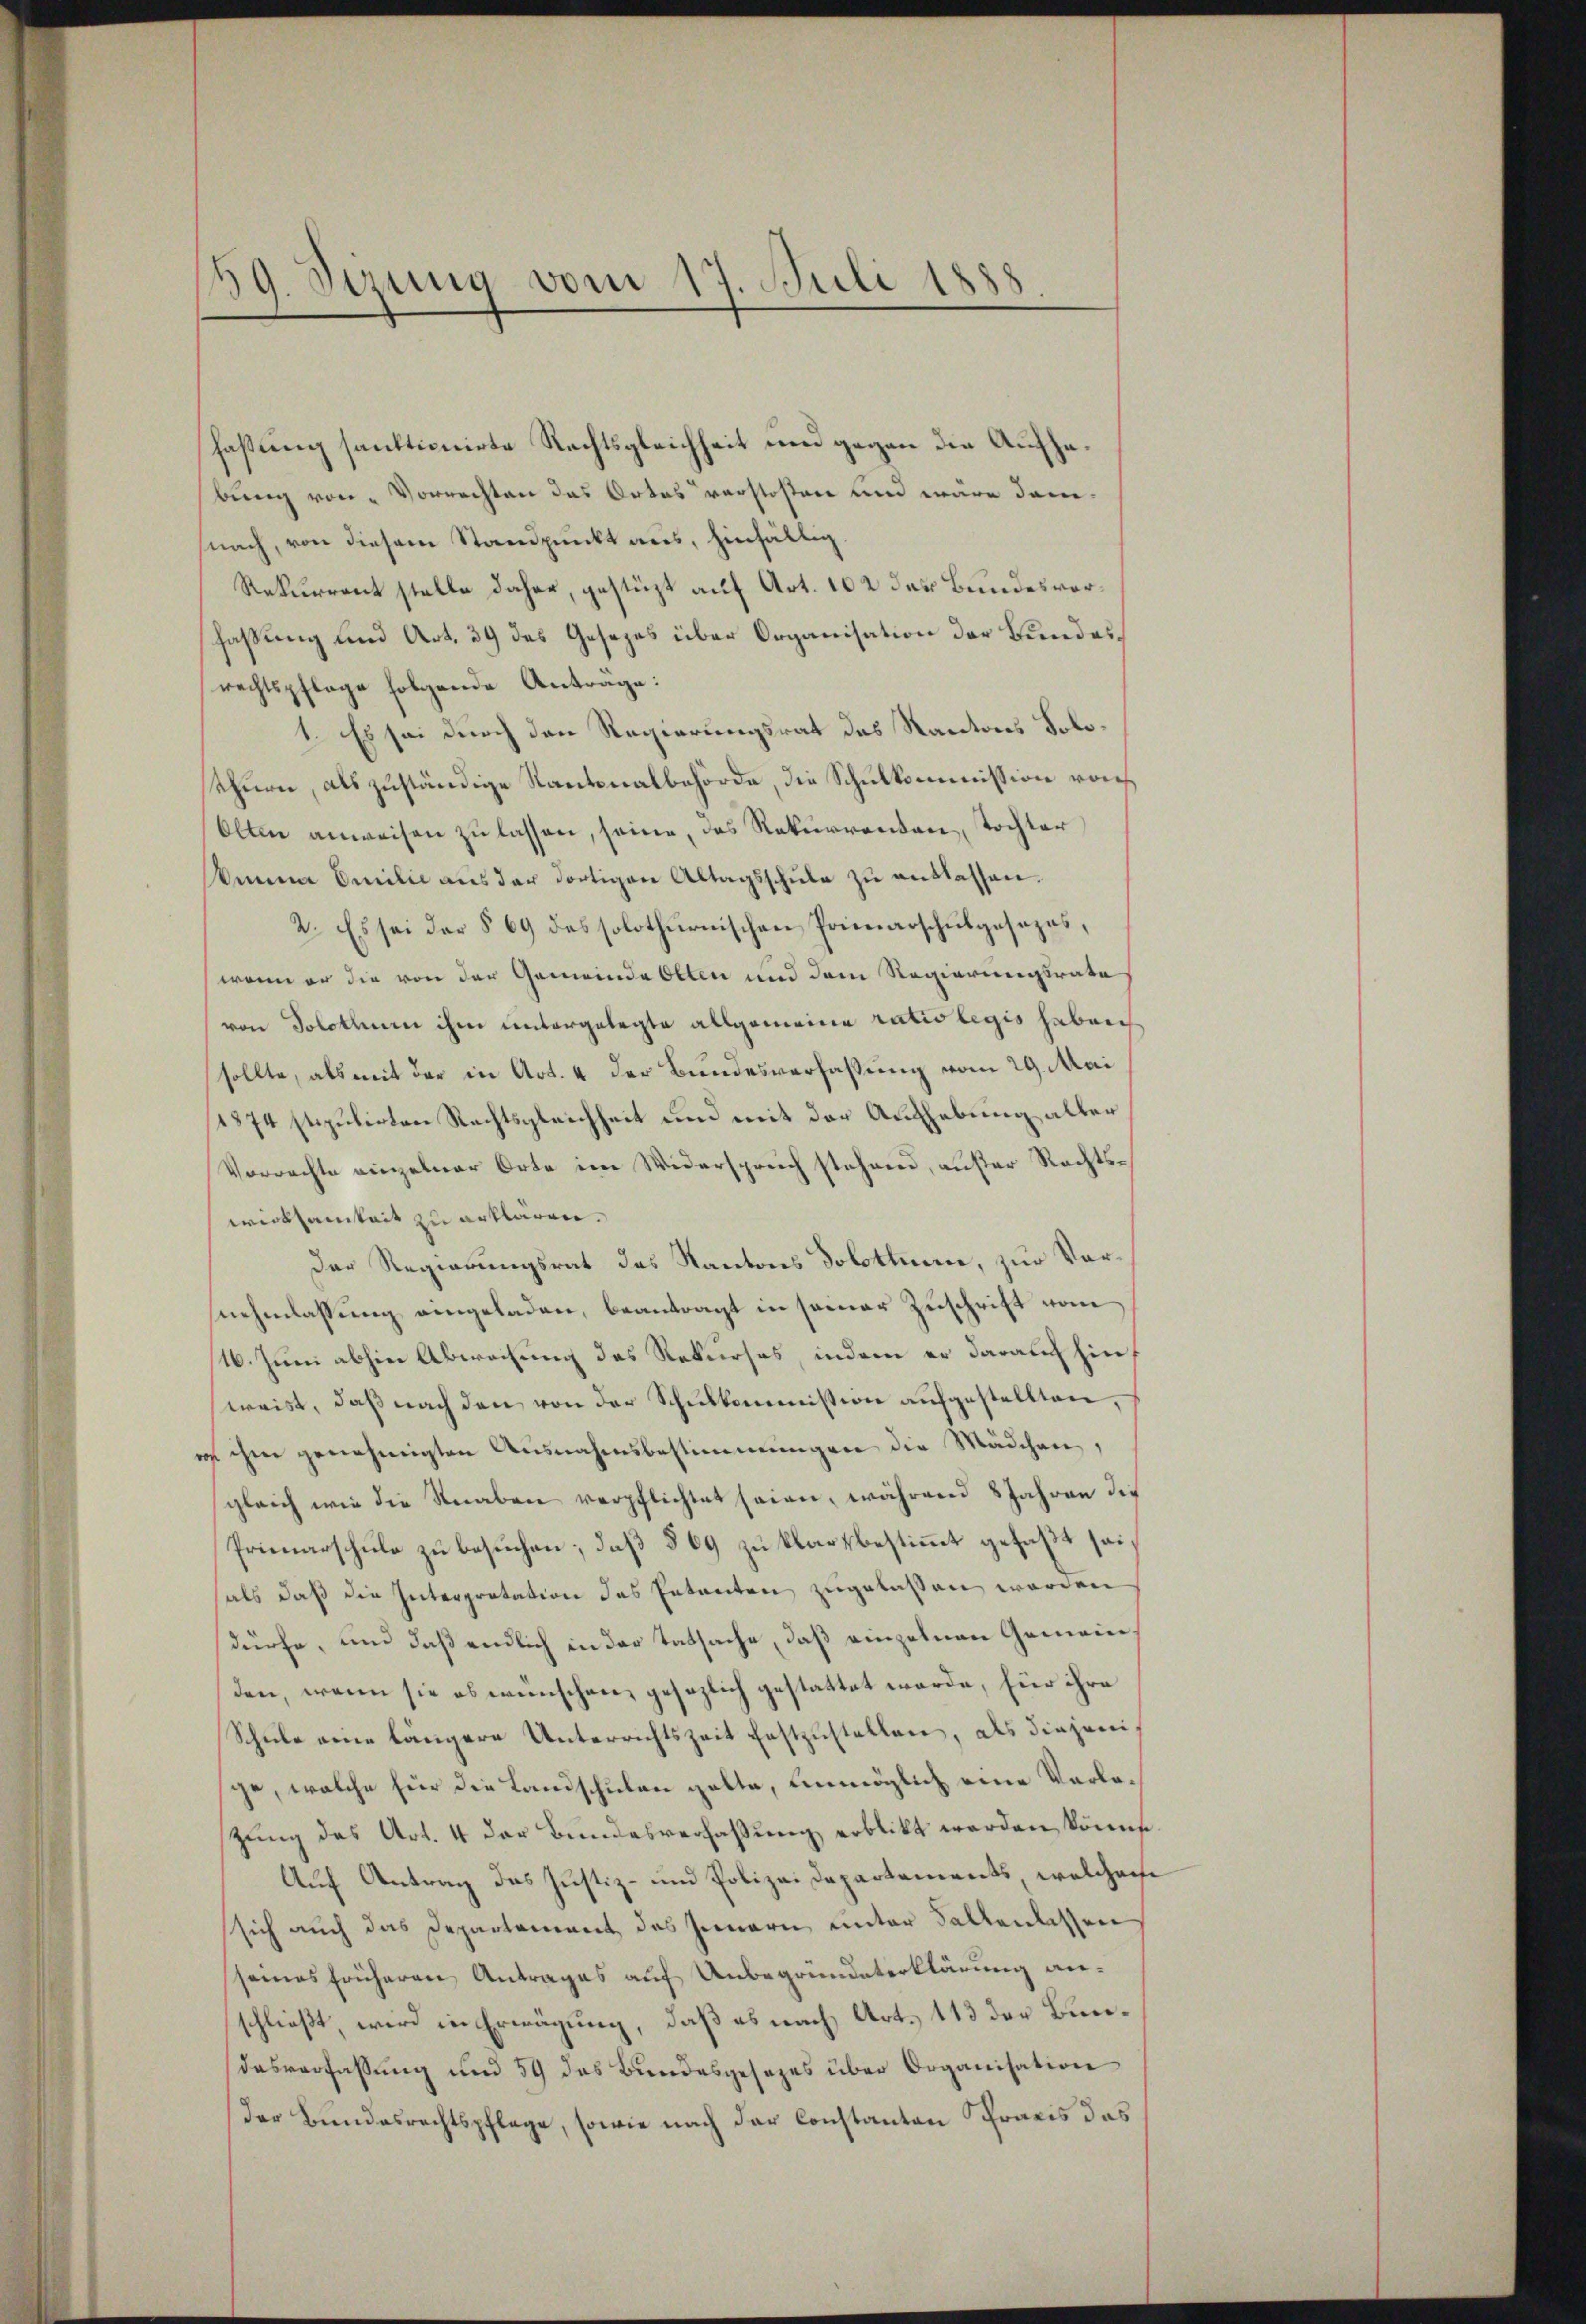
59. Sizung vom 17. Juli 1888
t

fassung sanktionirte Rechtsgleichheit und gegen die Aufhebung von Vorrechten das Ortes verstosten und wäre demnach, von diesem Standpunkt aus, hinfällig
Rekurrent stelle daher, gestüzt auf Art. 102 des Bundesvorfassung und Art. 39 des Gesezes über Organisation der Bundesrechtspflege folgende Anträge:
1. Es sei durch den Regierungsrat des Kantons Solosthurn, als zuständige Kantonalbehörde, die Schulkommission von
Olten anweisen zu lassen, seine, das Rekurrenden, Tochter
Anna Emilie aŭs der dortigen Altagsschŭle zŭ entlassen.
2. Es sei der § 69 des solothurnischen Primarschulgesezes,
wenn er die von der Gemeinde Otten und dem Regierungsrate
von Solothur ihm untergelegte allgemeine ratio legis haben
sollte, als mit der in Art. 4 der Bundesverfassung vom 29. Mai
1874 stipulirten Rechtsgleichheit und mit der Aufhebung aller
Vorrechte einzelner Orte im Widerspruch stehend, außer Rechtswerksamkeit zu erklären.
Der Regierungsrat das Kantons Solottene, zur Vorsnehmlassung eingeladen, beantragt in seiner Zuschrift vom
16. Juni abhin Abweisung des Rekurses, indem er darauf hinweist, daß nach den von der Schulkommission aufgestellten,
e ihm genehmigten Ausnahmsbestimmungen die Mädchen,
gleich wie die Knaben verpflichtet seien, während 8 Jahren die
Primarschule zu besuchen; daß § 69 zu klartbestimmt gefaßt seials daß die Interpretation des Ententen zugelassen worden
dürfe, und daß endlich in der Tatsache, daß einzelnen Gemeinden, wenn sie ob wünschen gesezlich gestattet werde, für ihre
Schule eine längere Unterrichtszeit festzustellen, als diejenige, welche für die Landschulen gelte, unmöglich eine Verlozung des Art. 4 der Bundesverfaßung erblickt werden könne.
Auf Antrag das Justiz- und Polizei Departements, welcher
sich auch das Departement des Innern unter Fallenlassen
seines früheren Antrages auf Unbegründeterklärung anschließt, wird in Erwägung, daß es nach Art. 113 der Bundasverfassung und 59 das Bundesgesezes über Organisation
Der Bundesrechtspflege, sowie nach der Constanton Praxis das